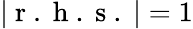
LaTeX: |\mathrm{~r~.~h~.~s~.~}|=1